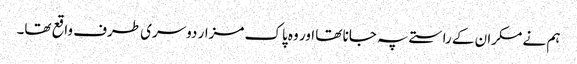
ہم نے مکران کے راستے پہ جانا تھا اور وہ پاک مزار دوسری طرف واقع تھا۔